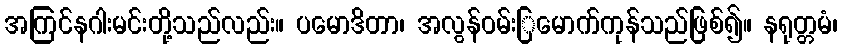
အကြင်နဂါးမင်းတို့သည်လည်း။ ပမောဒိတာ၊ အလွန်ဝမ်းြမောက်ကုန်သည်ဖြစ်၍။ နရုတ္တမံ၊